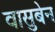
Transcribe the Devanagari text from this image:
वासुबेन